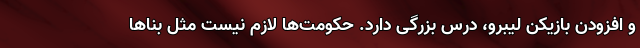
و افزودن بازیکن لیبرو، درس بزرگی دارد. حکومت‌ها لازم نیست مثل بنّاها